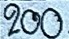
200